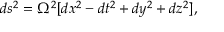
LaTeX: d s ^ { 2 } = \Omega ^ { 2 } [ d x ^ { 2 } - d t ^ { 2 } + d y ^ { 2 } + d z ^ { 2 } ] ,